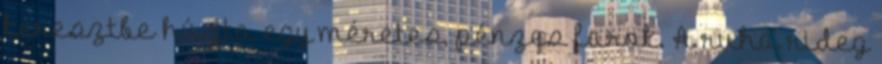
keresztbe húzta egy méretes, pénzes farok. A ruha rideg